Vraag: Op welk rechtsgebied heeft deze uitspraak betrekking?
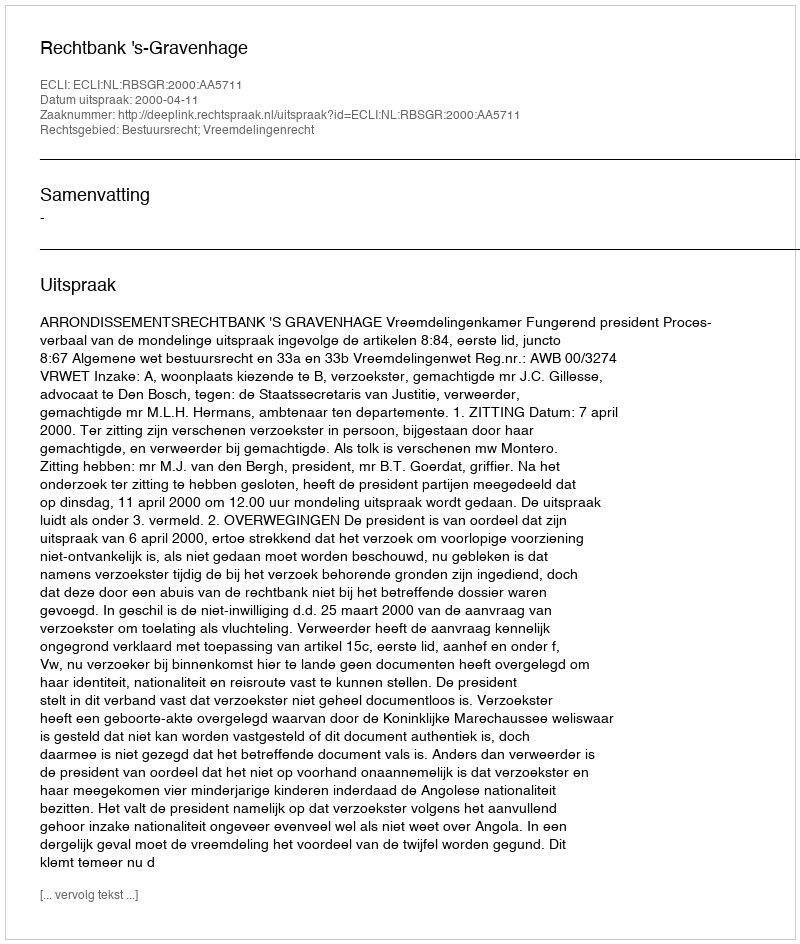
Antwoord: Bestuursrecht; Vreemdelingenrecht